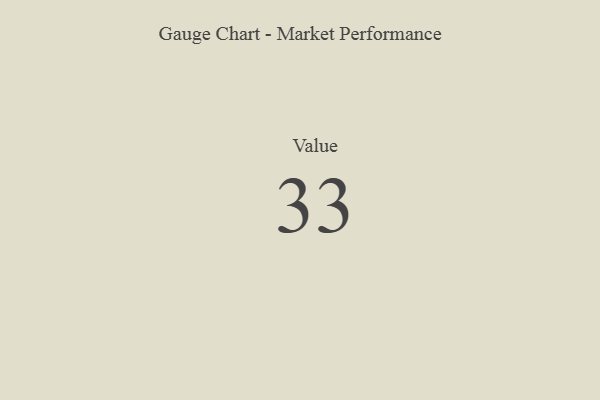
{"axis": {"x": "Metric", "y": "Value"}, "legend": [""], "data": [{"x": "Value", "y": 33, "type": ""}]}